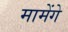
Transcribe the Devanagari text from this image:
मामेंगे